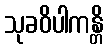
သုခဝိပါကန္တိ